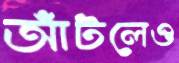
আঁটলেও